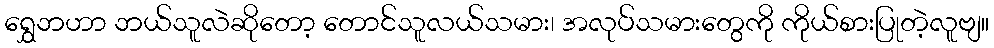
ရွှေဘဟာ ဘယ်သူလဲဆိုတော့ တောင်သူလယ်သမား၊ အလုပ်သမားတွေကို ကိုယ်စားပြုတဲ့လူဗျ။